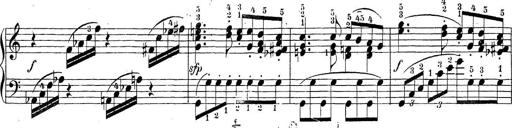
Title: Sonatina Album
Composer: Louis KÃ¶hler